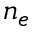
n _ { e }